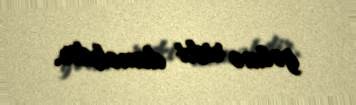
gəlmə riski deməkdir.